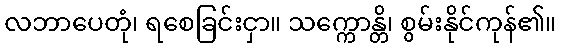
လဘာပေတုံ၊ ရစေခြင်းငှာ။ သက္ကောန္တိ၊ စွမ်းနိုင်ကုန်၏။